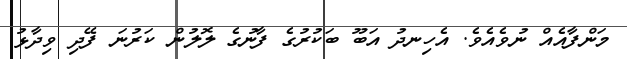
މަންފާއެއް ނުވެއެވެ. އެހިނދު އަބޫ ބަކުރުގެ ފާނުގެ ލޮލުން ކަރުނަ ފޭދި ވިދާޅު